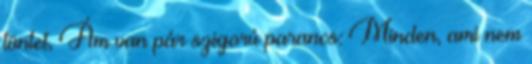
tüntet, Ám van pár szigorú parancs: Minden, ami nem